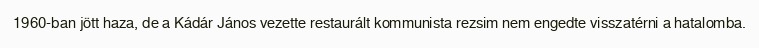
1960-ban jött haza, de a Kádár János vezette restaurált kommunista rezsim nem engedte visszatérni a hatalomba.